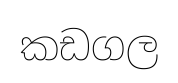
කඩගල